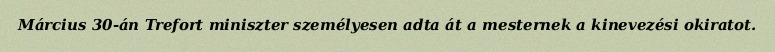
Március 30-án Trefort miniszter személyesen adta át a mesternek a kinevezési okiratot.